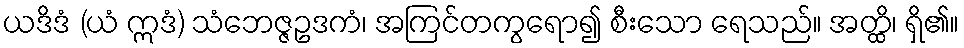
ယဒိဒံ (ယံ ဣဒံ) သံဘေဇ္ဇဥဒကံ၊ အကြင်တကွရော၍ စီးသော ရေသည်။ အတ္ထိ၊ ရှိ၏။